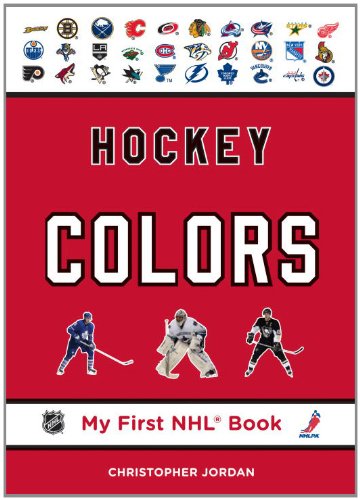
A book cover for Hockey Colors (My First NHL Book); Christopher Jordan; Children's Books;